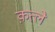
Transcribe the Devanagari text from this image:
क़त्ले